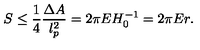
S \leq \frac { 1 } { 4 } \frac { \Delta A } { l _ { p } ^ { 2 } } = 2 \pi E H _ { 0 } ^ { - 1 } = 2 \pi E r .